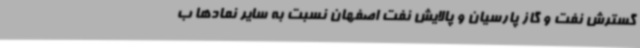
گسترش نفت و گاز پارسیان و پالایش نفت اصفهان نسبت به سایر نمادها ب